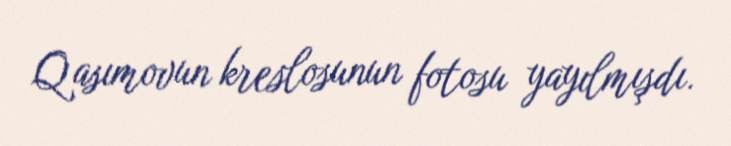
Qasımovun kreslosunun fotosu yayılmışdı.